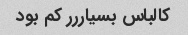
کالباس بسیاررر کم بود